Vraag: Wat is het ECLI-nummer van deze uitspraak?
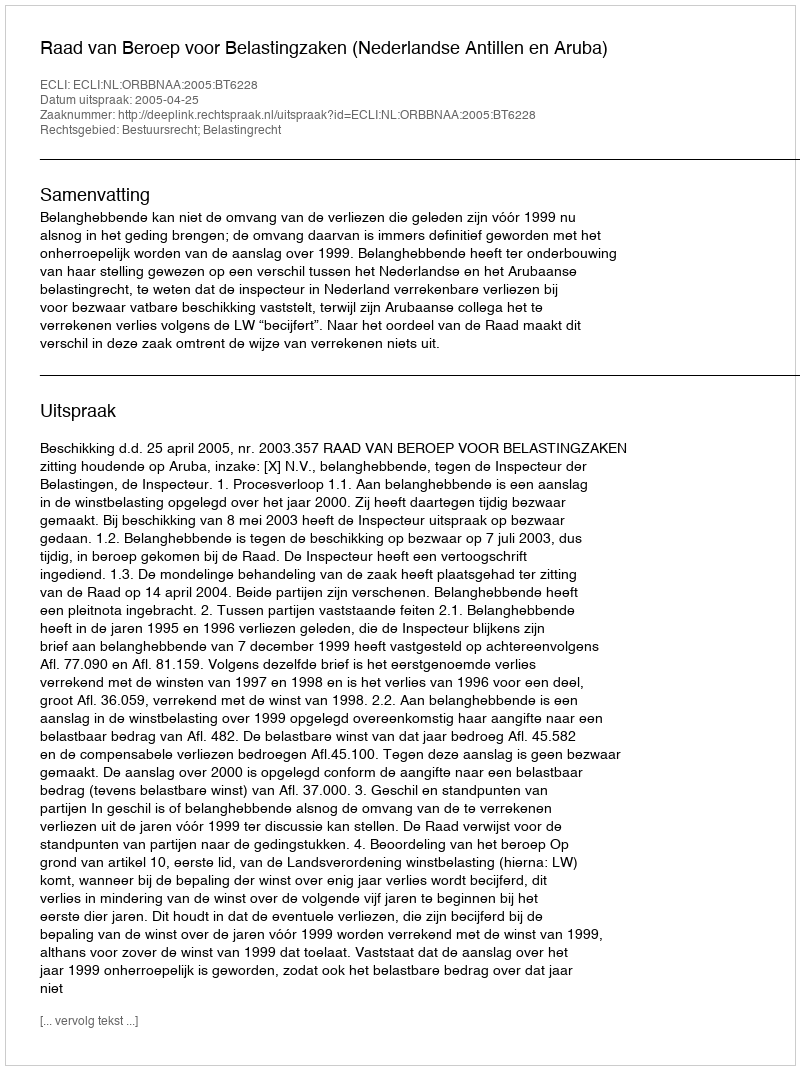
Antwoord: ECLI:NL:ORBBNAA:2005:BT6228